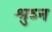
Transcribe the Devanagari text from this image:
श्रुघ्न